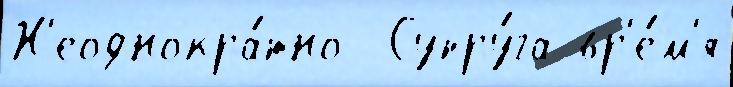
Н'еоднокра́тно  Супру́га вр'е́м'я